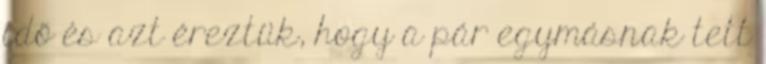
idő és azt éreztük, hogy a pár egymásnak tett